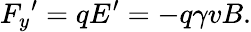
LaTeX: {F_{y}}^{\prime}=qE^{\prime}=-q\gamma vB.